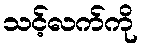
သင့်လက်ကို